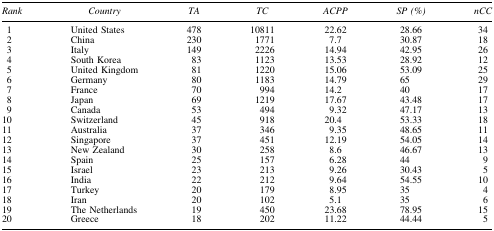
| Rank | Country | TA | TC | ACPP | SP (%) | nCC |
 | --- | --- | --- | --- | --- | --- | --- |
 | 1 | United States | 478 | 10811 | 22.62 | 28.66 | 34 |
 | 2 | China | 230 | 1771 | 7.7 | 30.87 | 18 |
 | 3 | Italy | 149 | 2226 | 14.94 | 42.95 | 26 |
 | 4 | South Korea | 83 | 1123 | 13.53 | 28.92 | 12 |
 | 5 | United Kingdom | 81 | 1220 | 15.06 | 53.09 | 25 |
 | 6 | Germany | 80 | 1183 | 14.79 | 65 | 29 |
 | 7 | France | 70 | 994 | 14.2 | 40 | 17 |
 | 8 | Japan | 69 | 1219 | 17.67 | 43.48 | 17 |
 | 9 | Canada | 53 | 494 | 9.32 | 47.17 | 13 |
 | 10 | Switzerland | 45 | 918 | 20.4 | 53.33 | 18 |
 | 11 | Australia | 37 | 346 | 9.35 | 48.65 | 11 |
 | 12 | Singapore | 37 | 451 | 12.19 | 54.05 | 14 |
 | 13 | New Zealand | 30 | 258 | 8.6 | 46.67 | 13 |
 | 14 | Spain | 25 | 157 | 6.28 | 44 | 9 |
 | 15 | Israel | 23 | 213 | 9.26 | 30.43 | 5 |
 | 16 | India | 22 | 212 | 9.64 | 54.55 | 10 |
 | 17 | Turkey | 20 | 179 | 8.95 | 35 | 4 |
 | 18 | Iran | 20 | 102 | 5.1 | 35 | 6 |
 | 19 | The Netherlands | 19 | 450 | 23.68 | 78.95 | 15 |
 | 20 | Greece | 18 | 202 | 11.22 | 44.44 | 5 |